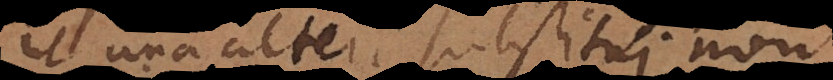
ut una alteri substitui non